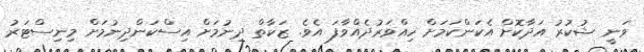
ވަނީ ޝުކުރު އަދާކޮށް އެކަންކަމަށް ހިއްވަރުދެއްވާފަ އެވެ. ޒަކާތް ދިނުމަށް އިސްކަންދިނުމަށް މިނިސްޓަރު